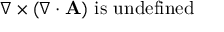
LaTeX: \nabla \times ( \nabla \cdot \mathbf { A } ) \ { \mathrm { i s ~ u n d e f i n e d } }